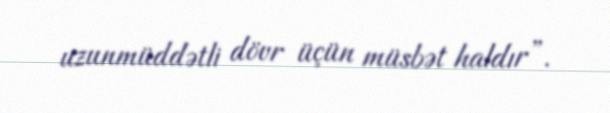
uzunmüddətli dövr üçün müsbət haldır”.